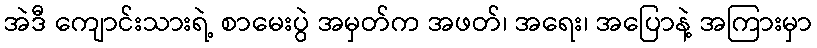
အဲဒီ ကျောင်းသားရဲ့ စာမေးပွဲ အမှတ်က အဖတ်၊ အရေး၊ အပြောနဲ့ အကြားမှာ